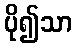
ပို၍သာ